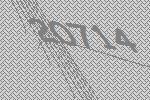
20714